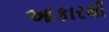
આકારથી